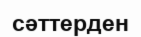
сәттерден